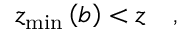
z _ { \operatorname * { m i n } } \left( b \right) < z \quad ,